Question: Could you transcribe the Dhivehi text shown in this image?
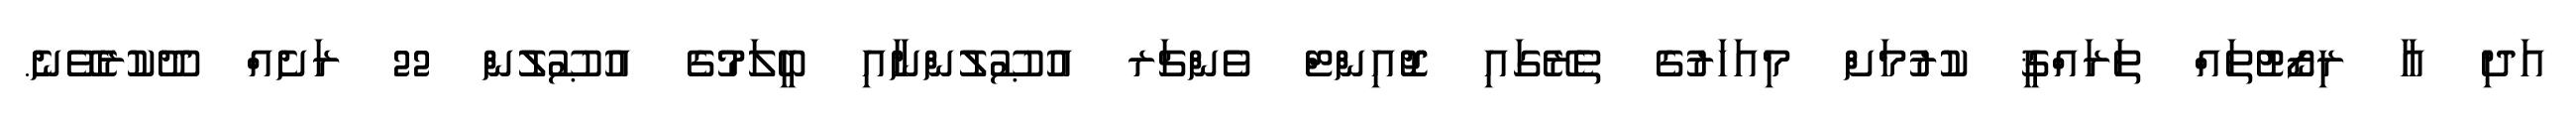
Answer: އަދި އާ ރިޒޯޓުތައް ތަރައްޤީ ކުރުމަށް މިއަހަރުގެ ތެރޭގައި ޖޮއިންޓް ވެންޗަރ އުޞޫލުންނާއި ބީލަމުގެ އުޞޫލުން 22 ރަށެއް ދޫކުރެވޭނެ.